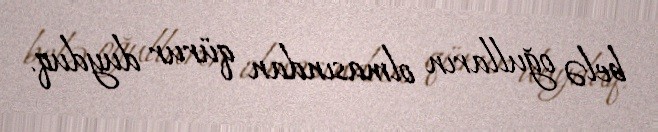
belə oğulların olmasından qürur duyduq.